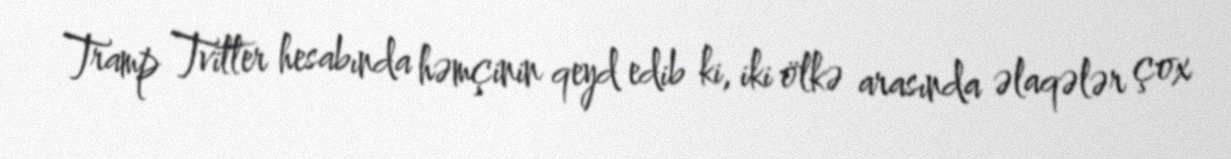
Tramp Tvitter hesabında həmçinin qeyd edib ki, iki ölkə arasında əlaqələr çox